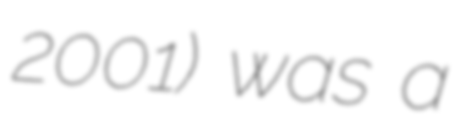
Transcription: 2001) was a